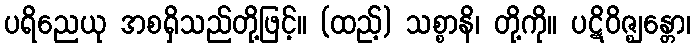
ပရိညေယု အစရှိသည်တို့ဖြင့်။ (ထည့်) သစ္စာနိ၊ တို့ကို။ ပဋိဝိဇ္ဈန္တော၊